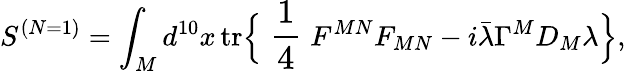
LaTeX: S^{(N=1)}=\int_{M}d^{10}x\, \mathrm{tr}\Bigr\{ \mathrm{\large~\frac{1}{4}~}F^{MN}F_{MN}-i\bar{\lambda}\Gamma^{M}D_{M}\lambda\Bigr\} ,